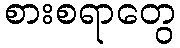
စားစရာတွေ